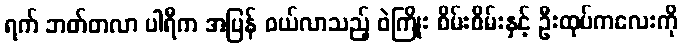
ရက် ဘတ်တလာ ပါရီက အပြန် ဝယ်လာသည့် ဖဲကြိုး စိမ်းစိမ်းနှင့် ဦးထုပ်ကလေးကို